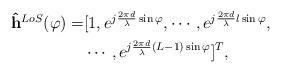
LaTeX: \begin{align*}\begin{aligned}\mathbf{\hat h}^{LoS}(\varphi) =& [1,e^{j\frac{2\pi d}{\lambda}\sin\varphi},\cdots,e^{j\frac{2\pi d}{\lambda}l\sin\varphi},\\&\cdots,e^{j\frac{2\pi d}{\lambda}(L-1)\sin\varphi}]^T,\end{aligned}\end{align*}